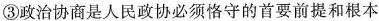
③政治协商是人民政协必须恪守的首要前提和根本